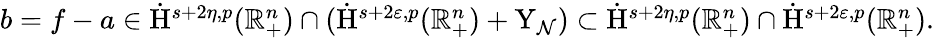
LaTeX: \begin{array}{r}{b=f-a\in\dot{\mathrm{H}}^{s+2\eta,p}(\mathbb{R}_{+}^{n})\cap(\dot{\mathrm{H}}^{s+2\varepsilon,p}(\mathbb{R}_{+}^{n})+\mathrm{Y}_{\mathcal{N}})\subset\dot{\mathrm{H}}^{s+2\eta,p}(\mathbb{R}_{+}^{n})\cap\dot{\mathrm{H}}^{s+2\varepsilon,p}(\mathbb{R}_{+}^{n})\mathrm{.~}}\end{array}